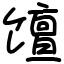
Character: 𫗴